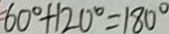
6 0 ^ { \circ } + 1 2 0 ^ { \circ } = 1 8 0 ^ { \circ }